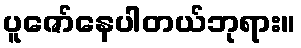
ပူဇော်နေပါတယ်ဘုရား။